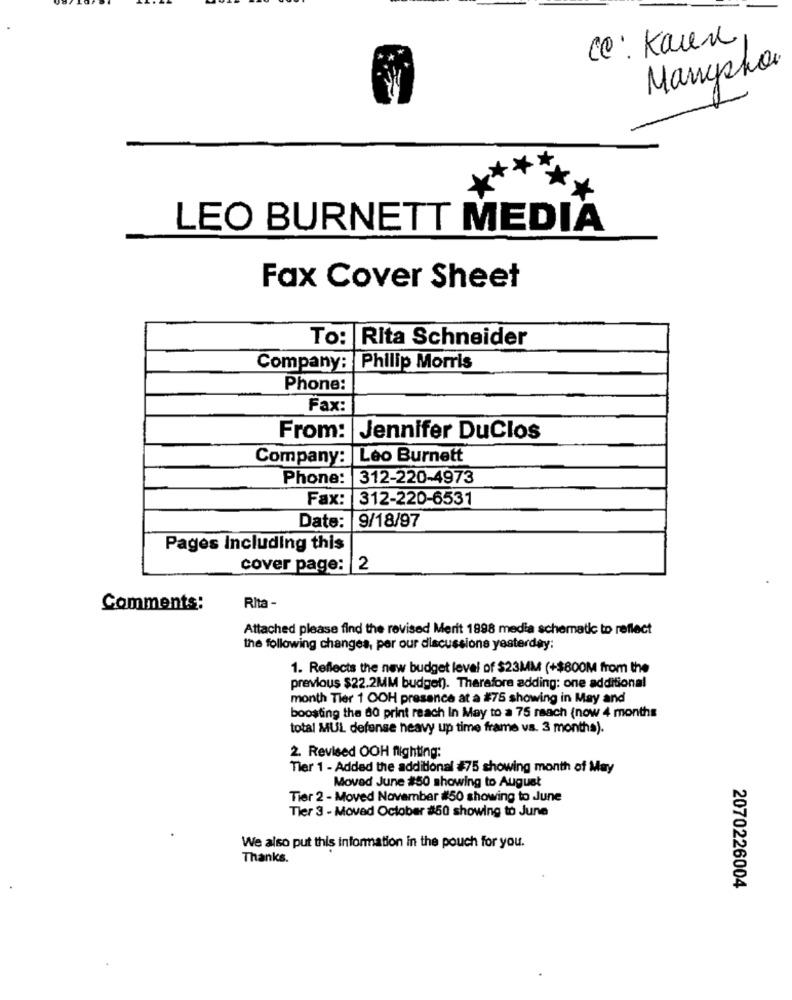
Cc: Kaux
Manypha
LEO BURNETT MEDIA
Fax Cover Sheet
To: Rita Schneider
Company: Philip Morris
Phone:
Fax:
From: Jennifer DuClos
Company: Leo Burnett
Phone:
312-220-4973
Fax:
312-220-6531
Date:
9/18/97
Pages Including this
cover page: 2
Comments:
Rita -
Attached please find the revised Merit 1998 media schematic to reflect
the following changes, per our discussione yesterday:
1. Reflects the new budget level of $23MM (+$800M from the
previous $22.2MM budget). Therefore adding: one additional
month Tier 1 OOH presence at a #75 showing in May and
boosting the 80 print reach In May to a 75 reach (now 4 months
total MUL defense heavy up time frame vs. 3 months).
2. Revised OOH flighting:
Tler 1 - Added the additional #75 showing month of May
Moved June #50 showing to August
Tier 2 - Moved November #50 showing to June
Tler 3 - Moved October #50 showing to June
We also put this information in the pouch for you.
Thanks.
2070226004